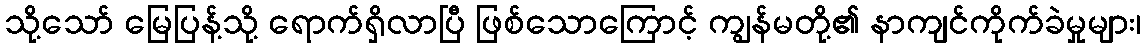
သို့သော် မြေပြန့်သို့ ရောက်ရှိလာပြီ ဖြစ်သောကြောင့် ကျွန်မတို့၏ နာကျင်ကိုက်ခဲမှုများ၊